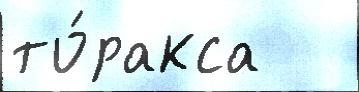
то́ракса